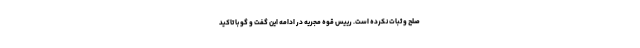
صلح و ثبات نکرده است. رییس قوه مجریه در ادامه این گفت و گو با تاکید